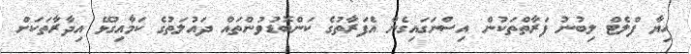
ހިޔާ ފްލެޓް ލިބުނު ފަރާތްތަކުން އިސްނަގައިގެން އެފަރާތުގެ ކަންބޮޑުވުންތައް ދައުލަތުގެ ކަމާއިގުޅޭ އިދާރާތަކަށް